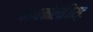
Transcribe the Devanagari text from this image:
मायकोलॉजिस्ट